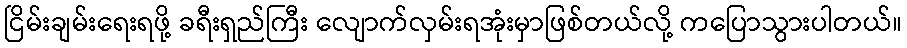
ငြိမ်းချမ်းရေးရဖို့ ခရီးရှည်ကြီး လျောက်လှမ်းရအုံးမှာဖြစ်တယ်လို့ ကပြောသွားပါတယ်။